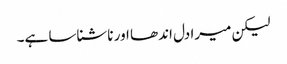
لیکن میرا دل اندھا اور ناشناسا ہے۔